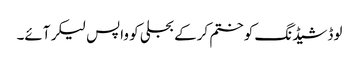
لوڈشیڈنگ کو ختم کرکے بجلی کو واپس لیکر آئے۔